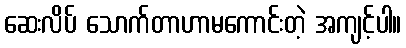
ဆေးလိပ် သောက်တာဟာမကောင်းတဲ့ အကျင့်ပါ။